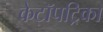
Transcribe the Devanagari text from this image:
केटॉपट्रिका